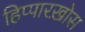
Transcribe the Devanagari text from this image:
हिप्पारख़ोस